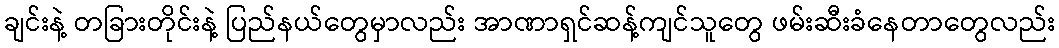
ချင်းနဲ့ တခြားတိုင်းနဲ့ ပြည်နယ်တွေမှာလည်း အာဏာရှင်ဆန့်ကျင်သူတွေ ဖမ်းဆီးခံနေတာတွေလည်း